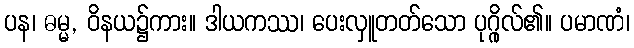
ပန၊ ဓမ္မ, ဝိနယ၌ကား။ ဒါယကဿ၊ ပေးလှူတတ်သော ပုဂ္ဂိုလ်၏။ ပမာဏံ၊